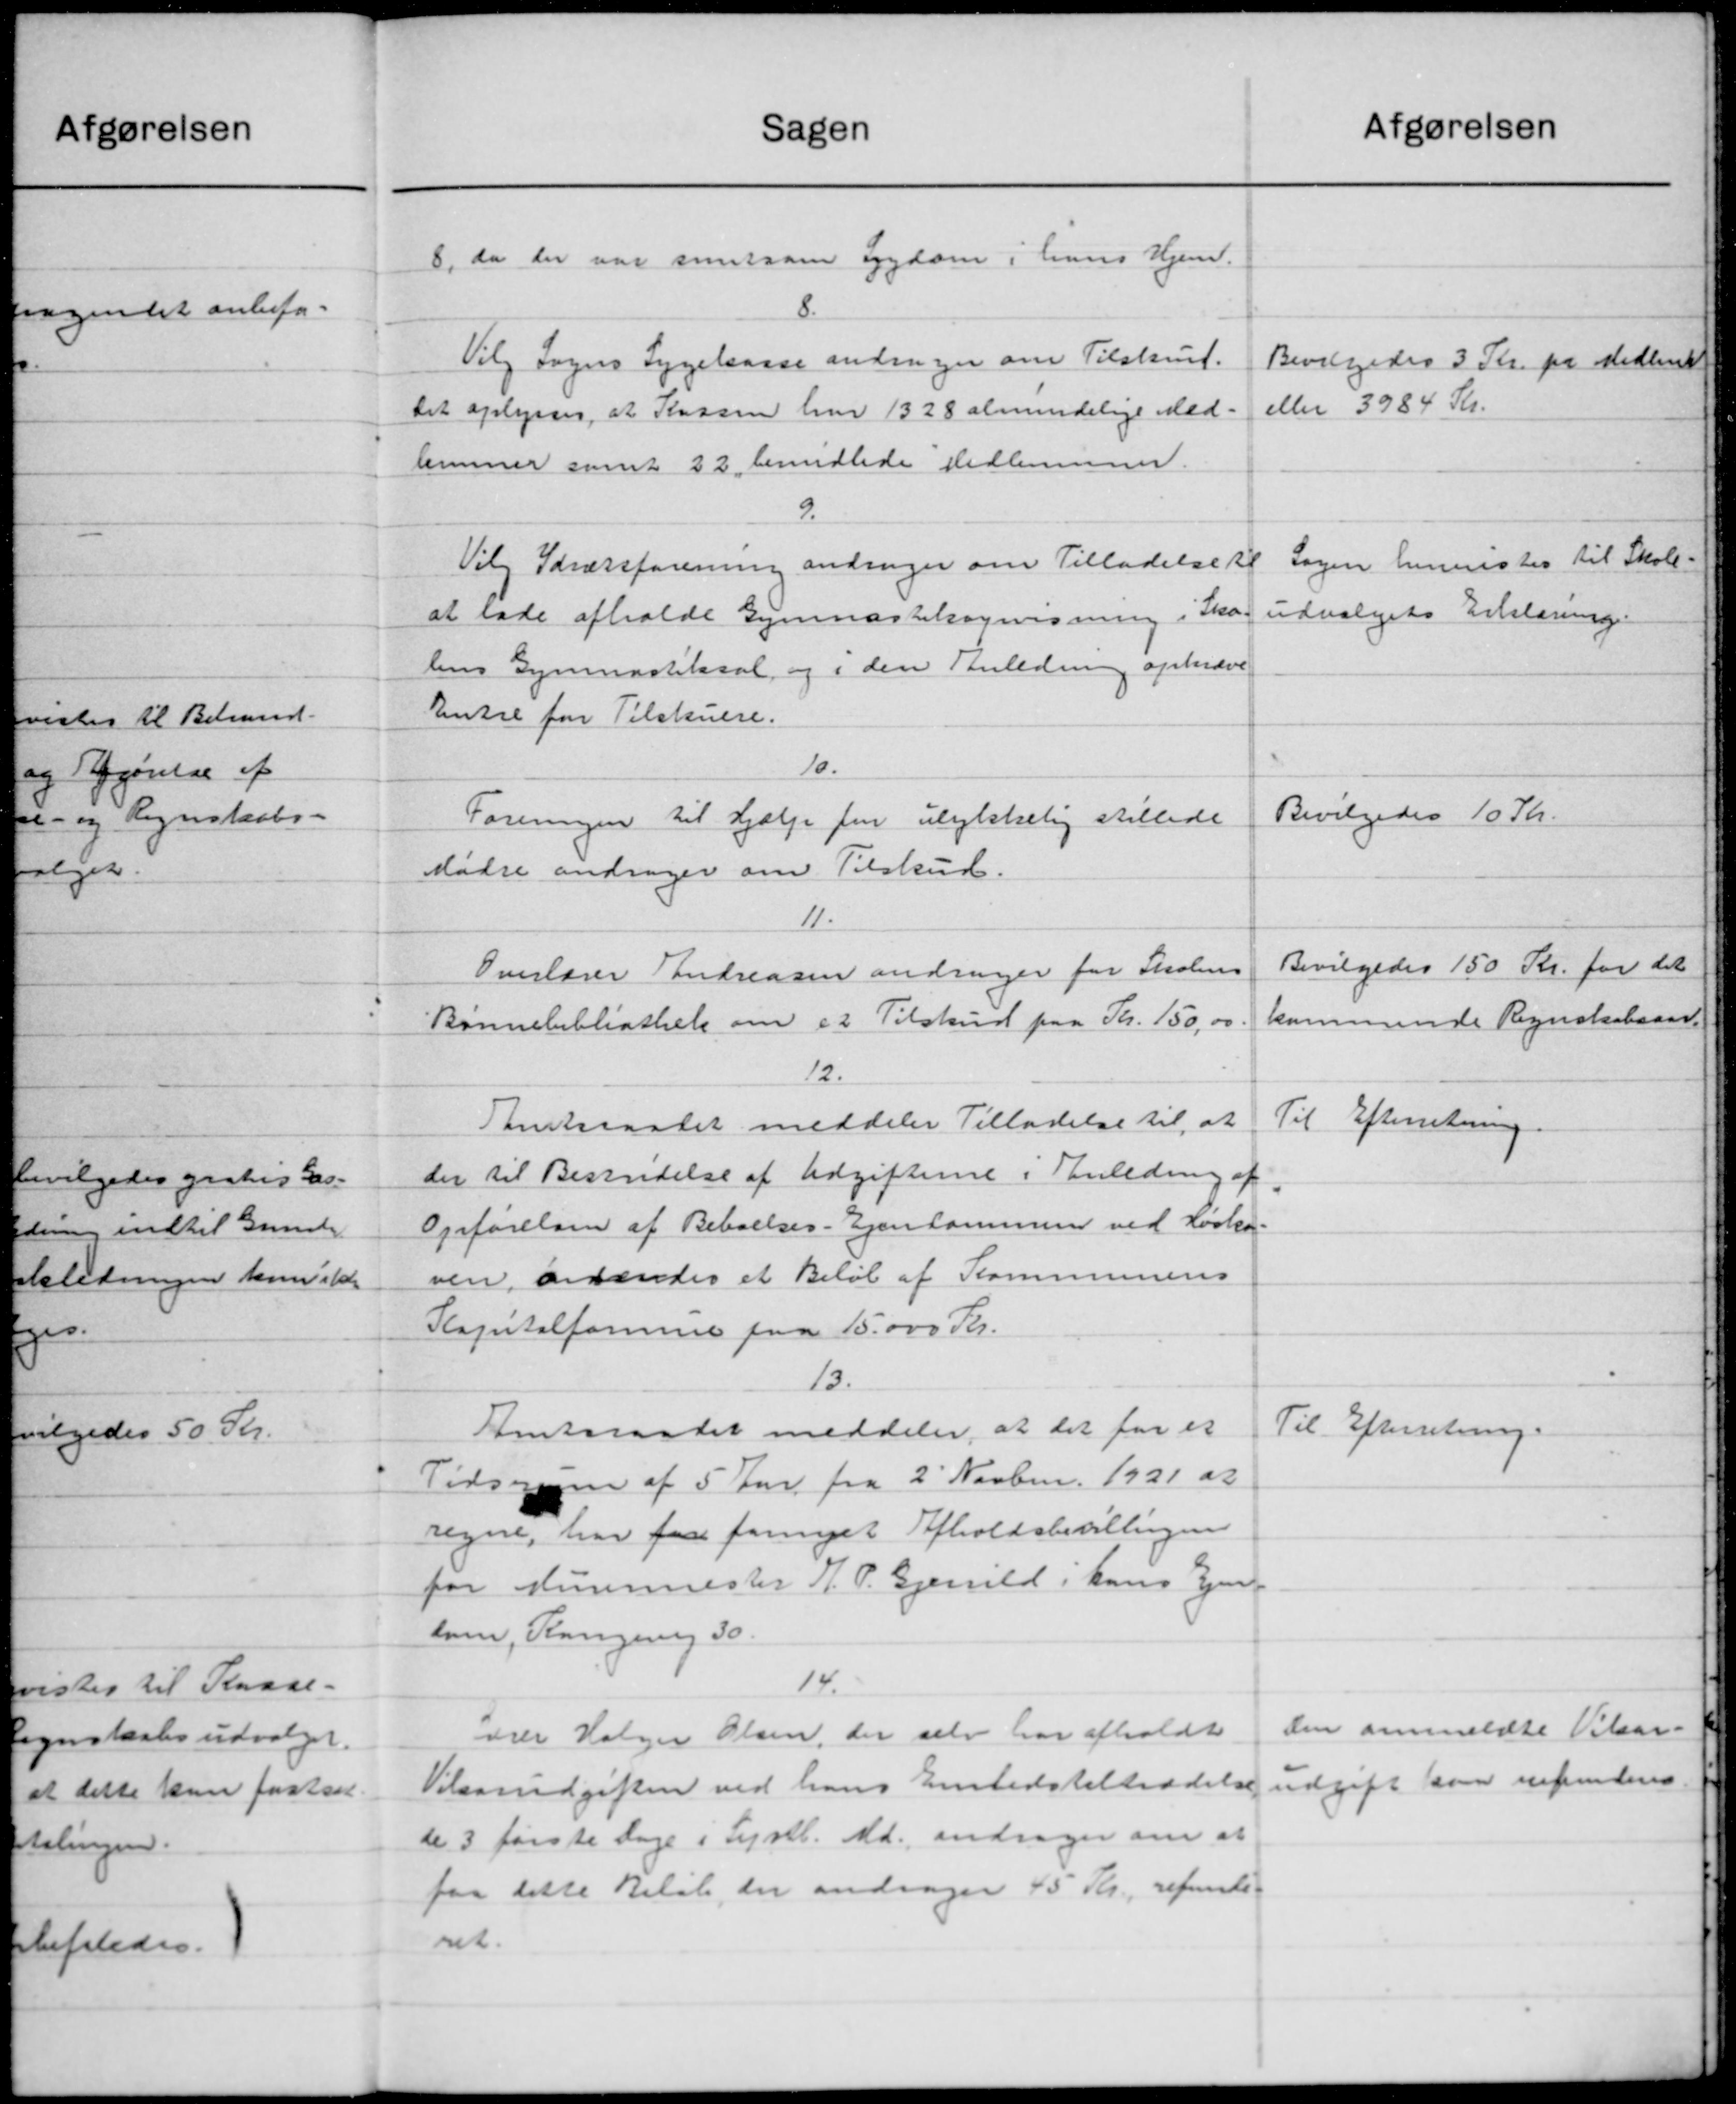
Transskription:
Sagen
8, da der var samtsom Sygdom i hans Hjem.
8.
Vilg Sogns Sygekasse andrager om Tilskud.
Det oplystes, at Kassen har 1328 almindelige Med-
lemmer samt 22 bemidlede Medlemmer.
9.
Vilg Idrætsforening andrager om Tilladelse til
at lade afholde Gymnastilsagnisning i Sko-
lens Gymnastiksal og i den Anledning opkræve
Entre for Tilskudre.
10.
Foreningen til Hjælp for ulykkelig stillede
dødre andrager om Tilskud.
11.
Overlærer Andreasen andrager for Skolens
Bønnebibliothek om et Tilskud paa Kr. 150,00
12.
Amtsraadet meddeler Tilladelse til at
der til Besendelse af Udgifterne i Anledning af
Opførelsen af Beboelses- Ejendommen ved Kirke-
ven, anderedes et Beløb af Kommunens
Kapitalformue paa 15.000 Kr.
13.
Amtsraadet meddeler, at det for et
Tidsrum af 5 Kr fra 2' Novb. 1921 at
regne, har faa fornyet Afholdsbevillingen
for Murermester J. P. Gjenald i hans Ejen-
som, Rangering 30.
14.
drer Holger Olsen, der selv har afholdt
Vilsosudgiften ved hans Embedstiltrædelse
de 3 første Dage i Lystb. Md. andrager om at
faa dette Beløb, der andrager 45 Kr. refunde-
ret.